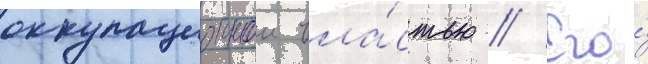
оккупационнои вла́стью // Его́